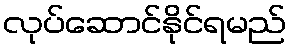
လုပ်ဆောင်နိုင်ရမည်